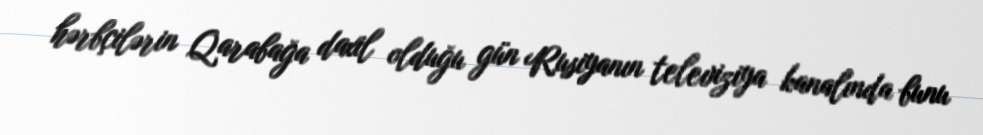
hərbçilərin Qarabağa daxil olduğu gün Rusiyanın televiziya kanalında bunu